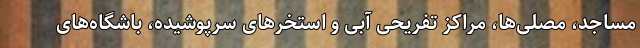
مساجد، مصلی‌ها، مراکز تفریحی آبی و استخرهای سرپوشیده، باشگاه‌های